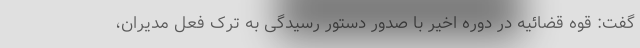
گفت: قوه قضائیه در دوره اخیر با صدور دستور رسیدگی به ترک فعل مدیران،